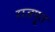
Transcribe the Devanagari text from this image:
राजपूुत